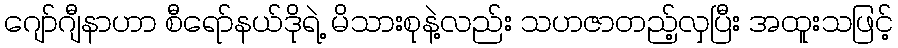
ဂျော်ဂျီနာဟာ စီရော်နယ်ဒိုရဲ့ မိသားစုနဲ့လည်း သဟဇာတည့်လှပြီး အထူးသဖြင့်